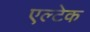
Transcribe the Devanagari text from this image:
एल्टेक